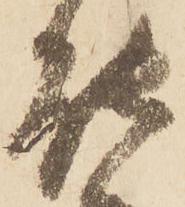
能